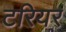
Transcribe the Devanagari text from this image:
टरियर